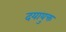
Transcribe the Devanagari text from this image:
दयायुक्त